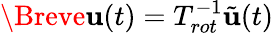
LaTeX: \Breve{\mathbf{u}}(t)=T_{rot}^{-1}\tilde{\mathbf{u}}(t)